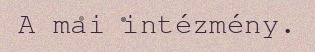
A mai intézmény.